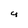
Character: u